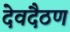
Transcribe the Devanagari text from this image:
देवदैठण